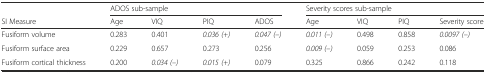
|  | <COLSPAN=4> ADOS sub-sample | <COLSPAN=4> Severity scores sub-sample |
 | SI Measure | Age | VIQ | PIQ | ADOS | Age | VIQ | PIQ | Severity score |
 | --- | --- | --- | --- | --- | --- | --- | --- | --- |
 | Fusiform volume | 0.283 | 0.401 | 0.036 (+) | 0.047 (–) | 0.011 (–) | 0.498 | 0.858 | 0.0097 (–) |
 | Fusiform surface area | 0.229 | 0.657 | 0.273 | 0.256 | 0.009 (–) | 0.059 | 0.253 | 0.086 |
 | Fusiform cortical thickness | 0.200 | 0.034 (–) | 0.015 (+) | 0.079 | 0.325 | 0.866 | 0.242 | 0.118 |